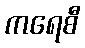
ကရေစီ